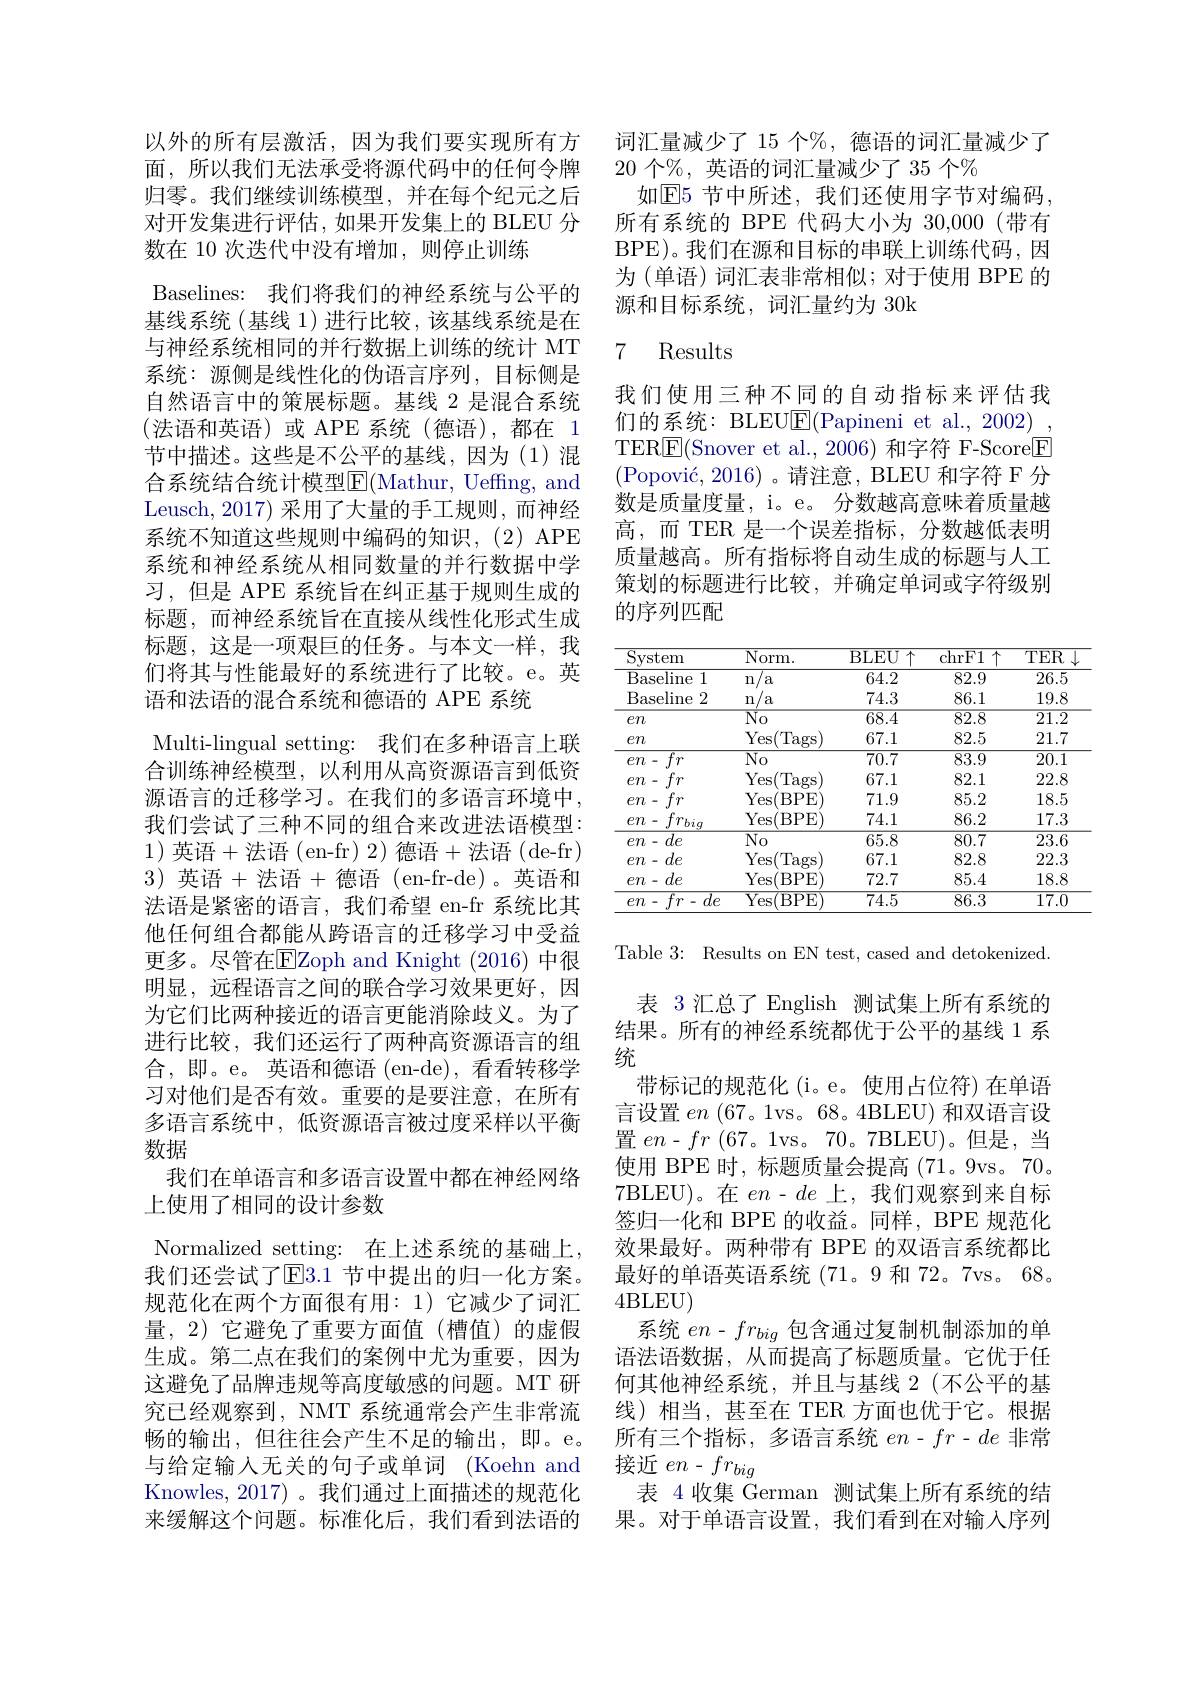
以外的所有层激活，因为我们要实现所有方面，所以我们无法承受将源代码中的任何令牌归零。我们继续训练模型，并在每个纪元之后对开发集进行评估，如果开发集上的 BLEU 分数在 10 次迭代中没有增加，则停止训练
Baselines: 我们将我们的神经系统与公平的基线系统(基线 1)进行比较，该基线系统是在与神经系统相同的并行数据上训练的统计 MT 系统：源侧是线性化的伪语言序列，目标侧是自然语言中的策展标题。基线 2 是混合系统(法语和英语)或 APE 系统(德语),都在 1节中描述。这些是不公平的基线，因为(1)混合系统结合统计模型$\overline{\mathrm{E}}($Mathur, Ueffing, and Leusch, 2017) 采用了大量的手工规则，而神经系统不知道这些规则中编码的知识，(2)APE 系统和神经系统从相同数量的并行数据中学习，但是 APE 系统旨在纠正基于规则生成的标题，而神经系统旨在直接从线性化形式生成标题，这是一项艰巨的任务。与本文一样，我们将其与性能最好的系统进行了比较。e。英语和法语的混合系统和德语的 APE 系统
Multi-lingual setting: 我们在多种语言上联合训练神经模型，以利用从高资源语言到低资源语言的迁移学习。在我们的多语言环境中， 我们尝试了三种不同的组合来改进法语模型： 1) 英语+法语(en-fr)2)德语+法语(de-fr) 3)英语+法语+德语 (en-fr-de)。英语和法语是紧密的语言，我们希望 en-fr 系统比其他任何组合都能从跨语言的迁移学习中受益更多。尽管在$\overline{\mathrm{E}}$Zoph and Knight (2016)中很明显，远程语言之间的联合学习效果更好，因为它们比两种接近的语言更能消除歧义。为了进行比较，我们还运行了两种高资源语言的组合，即。e。英语和德语(en-de),看看转移学习对他们是否有效。重要的是要注意，在所有多语言系统中，低资源语言被过度采样以平衡数据
我们在单语言和多语言设置中都在神经网络
上使用了相同的设计参数
Normalized setting: 在上述系统的基础上， 我们还尝试了E3.1 节中提出的归一化方案。规范化在两个方面很有用：1)它减少了词汇量，2)它避免了重要方面值(槽值)的虚假生成。第二点在我们的案例中尤为重要，因为这避免了品牌违规等高度敏感的问题。MT 研究已经观察到，NMT 系统通常会产生非常流畅的输出，但往往会产生不足的输出，即。e。与给定输入无关的句子或单词(Koehn and Knowles, 2017) 。我们通过上面描述的规范化来缓解这个问题。标准化后，我们看到法语的

词汇量减少了 15 个$\%$, 德语的词汇量减少了
20个%, 英语的词汇量减少了 35 个%
如$\overline{\mathrm{E}}$5 节中所述，我们还使用字节对编码。所有系统的 BPE 代码大小为 30,000(带有BPE)。我们在源和目标的串联上训练代码，因为 (单语) 词汇表非常相似；对于使用 BPE 的源和目标系统，词汇量约为 30k

### 7 Results

我们使用三种不同的自动指标来评估我们的系统：BLEUE(Papineni et al., 2002) TER$\boxed{\mathrm{E}}($Snover et al.,2006)和字符 F-Score$\boxed{\mathrm{F}}$ $( \text{Popovi\' {c}, 2016) 。请 注 意 , BLEU 和 字 符 F 分 }$ 数是质量度量，i。e。分数越高意味着质量越高，而 TER 是一个误差指标，分数越低表明质量越高。所有指标将自动生成的标题与人工策划的标题进行比较，并确定单词或字符级别的序列匹配

<table>
	<tbody>
		<tr>
			<th>$\mathop{\mathrm{System}}$</th>
			<th>Norm. </th>
			<th>BLEU $J\uparrow$</th>
			<th>$\overline{\mathrm{chrF1}}$ 11</th>
			<th>$TER$</th>
		</tr>
		<tr>
			<td>Baseline 1</td>
			<td>n/ a</td>
			<td>64.2</td>
			<td>82.9</td>
			<td>26.5</td>
		</tr>
		<tr>
			<td>Baseline 2</td>
			<td>n /a </td>
			<td>74.3</td>
			<td>86.1</td>
			<td>19.8</td>
		</tr>
		<tr>
			<td>$en$</td>
			<td>$\overline{\mathrm{No}}$</td>
			<td>68.4</td>
			<td>$\overline{82.8}$</td>
			<td>$\overline{21.2}$</td>
		</tr>
		<tr>
			<td>$en$</td>
			<td>Yes Tags</td>
			<td>67.1</td>
			<td>82.5</td>
			<td>21.7</td>
		</tr>
		<tr>
			<td>$\overline{fr}$ $en$</td>
			<td>$\overline{\mathrm{No}}$</td>
			<td>70.7</td>
			<td>83.9</td>
			<td>20.1</td>
		</tr>
		<tr>
			<td>$fr$ $en$</td>
			<td>Yes(Tags 1</td>
			<td>67.1</td>
			<td>82.1</td>
			<td>22.8</td>
		</tr>
		<tr>
			<td>$fr$ $en$ </td>
			<td>Yes( (BPE</td>
			<td>71.9</td>
			<td>85.2</td>
			<td>18.5</td>
		</tr>
		<tr>
			<td>$en$ $fr_{biq}$</td>
			<td>Yes( BPE</td>
			<td>74.1</td>
			<td>86.2</td>
			<td>17.3</td>
		</tr>
		<tr>
			<td>$de$ $en-C$</td>
			<td>$\overline{\mathrm{No}}$</td>
			<td>65.8</td>
			<td>80.7</td>
			<td>23.6</td>
		</tr>
		<tr>
			<td>$de$ $en=$</td>
			<td>Yes(Tags 1</td>
			<td>67.1</td>
			<td>82.8</td>
			<td>22.3</td>
		</tr>
		<tr>
			<td>$en-de$</td>
			<td>Yes $BPE$</td>
			<td>72.7</td>
			<td>85.4</td>
			<td>18.8</td>
		</tr>
		<tr>
			<td>$\overline{fr-de}$ $en.$ 一</td>
			<td>Yesi (BPE</td>
			<td>$\overline{74.5}$</td>
			<td>86.3</td>
			<td>$\overline{17.0}$</td>
		</tr>
	</tbody>
</table>

Table 3: Results on EN test, cased and detokenized.

表 3 汇总了 English 测试集上所有系统的结果。所有的神经系统都优于公平的基线 1 系统
带标记的规范化 (i。e。使用占位符)在单语言设置$en$ (67。1vs。68。4BLEU) 和双语言设置$en-fr$ (67。1vs。70。7BLEU)。但是，当使用 BPE 时，标题质量会提高 (71。9vs。70。7BLEU)。在$en-de$上，我们观察到来自标签归一化和 BPE 的收益。同样，BPE 规范化效果最好。两种带有 BPE 的双语言系统都比最好的单语英语系统 (71。9 和 72。7vs。68。4BLEU)
系统$en$ - $fr_{big}$包含通过复制机制添加的单语法语数据，从而提高了标题质量。它优于任何其他神经系统，并且与基线 2(不公平的基线)相当，甚至在 TER 方面也优于它。根据所有三个指标，多语言系统$en-fr-de$非常接近$en-fr_big$
表 4 收集 German 测试集上所有系统的结果。对于单语言设置，我们看到在对输入序列